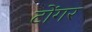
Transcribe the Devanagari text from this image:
टोंगर